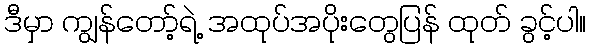
ဒီမှာ ကျွန်တော့်ရဲ့ အထုပ်အပိုးတွေပြန် ထုတ် ခွင့်ပါ။